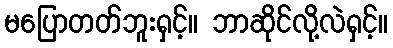
မပြောတတ်ဘူးရှင့်။ ဘာဆိုင်လို့လဲရှင့်။